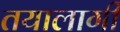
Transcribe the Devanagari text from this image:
तयालागी